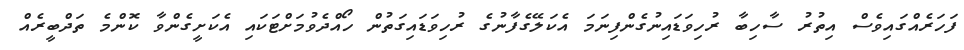
ފަހަރެއްގައިވެސް އިތުރު ސާހިބާ ރުހިވަޑައިނުގެންފިނަމަ އެކަލޭގެފާނުގެ ރުހިވަޑައިގަތުން ހޯއްދެވުމަށްޓަކައި އެކަށީގެންވާ ކޮންމެ ތަދްބީރެއް